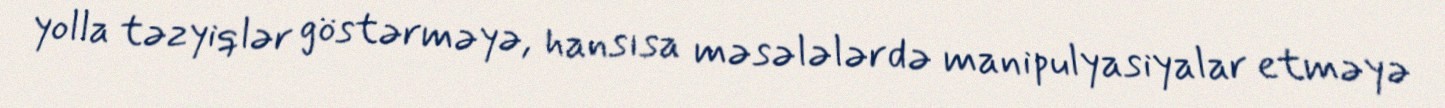
yolla təzyiqlər göstərməyə, hansısa məsələlərdə manipulyasiyalar etməyə